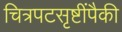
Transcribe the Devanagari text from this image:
चित्रपटसृष्टींपैकी